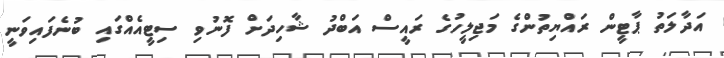
އަދާލަތު ޕާޓީން ރައްޔިތުންގެ މަޖިލީހުގެ ރައީސް އަބްދު ޝާހިދަށް ފޮނުވި ސިޓީއެއްގައި ބުނެފައިވަނީ